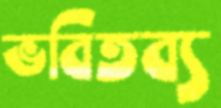
ভবিতব্য